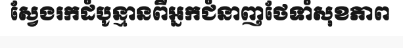
ស្វែងរកដំបូន្មានពីអ្នកជំនាញថែទាំសុខភាព